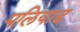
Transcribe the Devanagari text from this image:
पलियाड